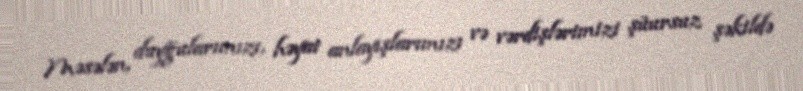
Məsələn, duyğularımızı, həyat anlayışlarımızı və vərdişlərimizi şüursuz şəkildə